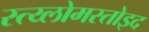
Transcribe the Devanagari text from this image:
स्त्य्लोमस्तोइद